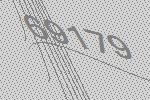
69179